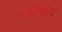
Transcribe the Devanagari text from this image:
टाँन्सिल